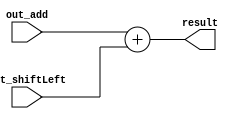
`timescale 1ns/1ns

module add_ALU(

    input [31:0] out_add,
    input [31:0] out_shiftLeft,

    output [31:0] result
);


assign result = out_add + out_shiftLeft;
    
endmodule